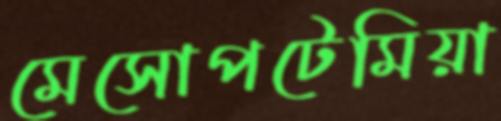
মেসোপটেমিয়া